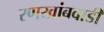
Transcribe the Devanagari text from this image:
रणखांबवाडी